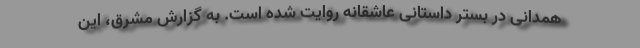
همدانی در بستر داستانی عاشقانه روایت شده است. به گزارش مشرق، این